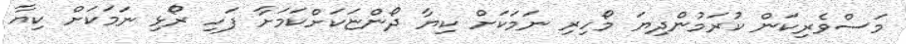
މަސްވެރިކަން ކުރަމުންދިޔަ މޯހިރި ނަމަކަށް ކިޔާ ދޯންޏަކަށްކަމަށާ ފަހި ރޯޅި ނަމަކަށް ކިޔާ